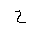
Letter: _ha